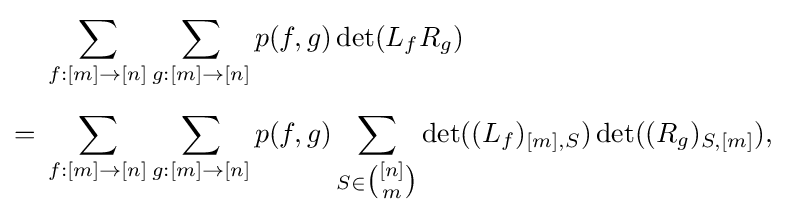
{\begin{aligned}&\sum _{f:[m]\to [n]}\sum _{g:[m]\to [n]}p(f,g)\det(L_{f}R_{g})\\[5pt]={}&\sum _{f:[m]\to [n]}\sum _{g:[m]\to [n]}p(f,g)\sum _{S\in {\tbinom {[n]}{m}}}\det((L_{f})_{[m],S})\det((R_{g})_{S,[m]}),\end{aligned}}